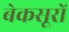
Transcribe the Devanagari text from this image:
बेकसूरों